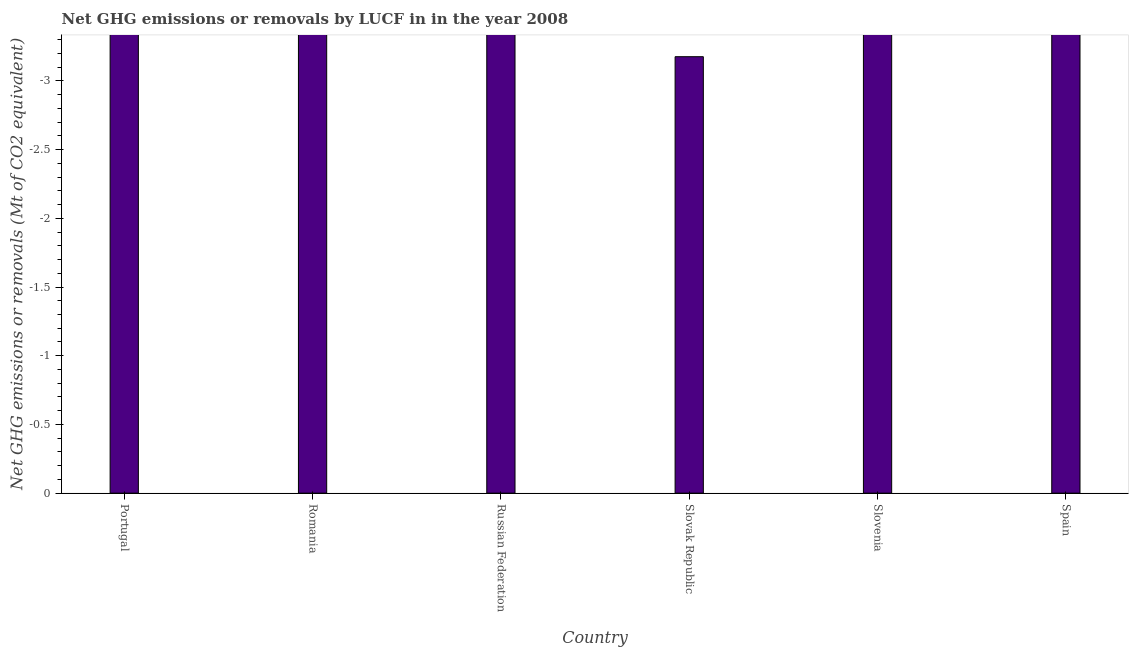
| Country | GHG net emissions or removals |
 | --- | --- |
 | Portugal | -13.5 |
 | Romania | -36.4 |
 | Russian Federation | -593 |
 | Slovak Republic | -3.18 |
 | Slovenia | -8.48 |
 | Spain | -29.1 |